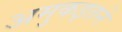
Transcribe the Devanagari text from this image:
अमुकइतने